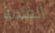
الغلاية